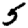
Digit: 5